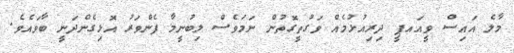
މާލެ އައިސް ވީއައޕީ ދިރިއުޅުމެއް ވަގުތީގޮތުން ނަމަވެސް ލިބުނީމާ ފެންވަރު އޮޅިގެންދަނީ ބާވައެވެ.